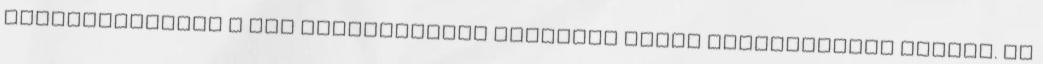
futókerékpárok a MÁV mozdonyainál szokásos módon fékezetlenek voltak. Az